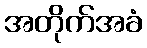
အတိုက်အခံ